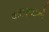
વાઇફાઇનો